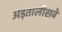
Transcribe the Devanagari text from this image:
अड़तालीसवें